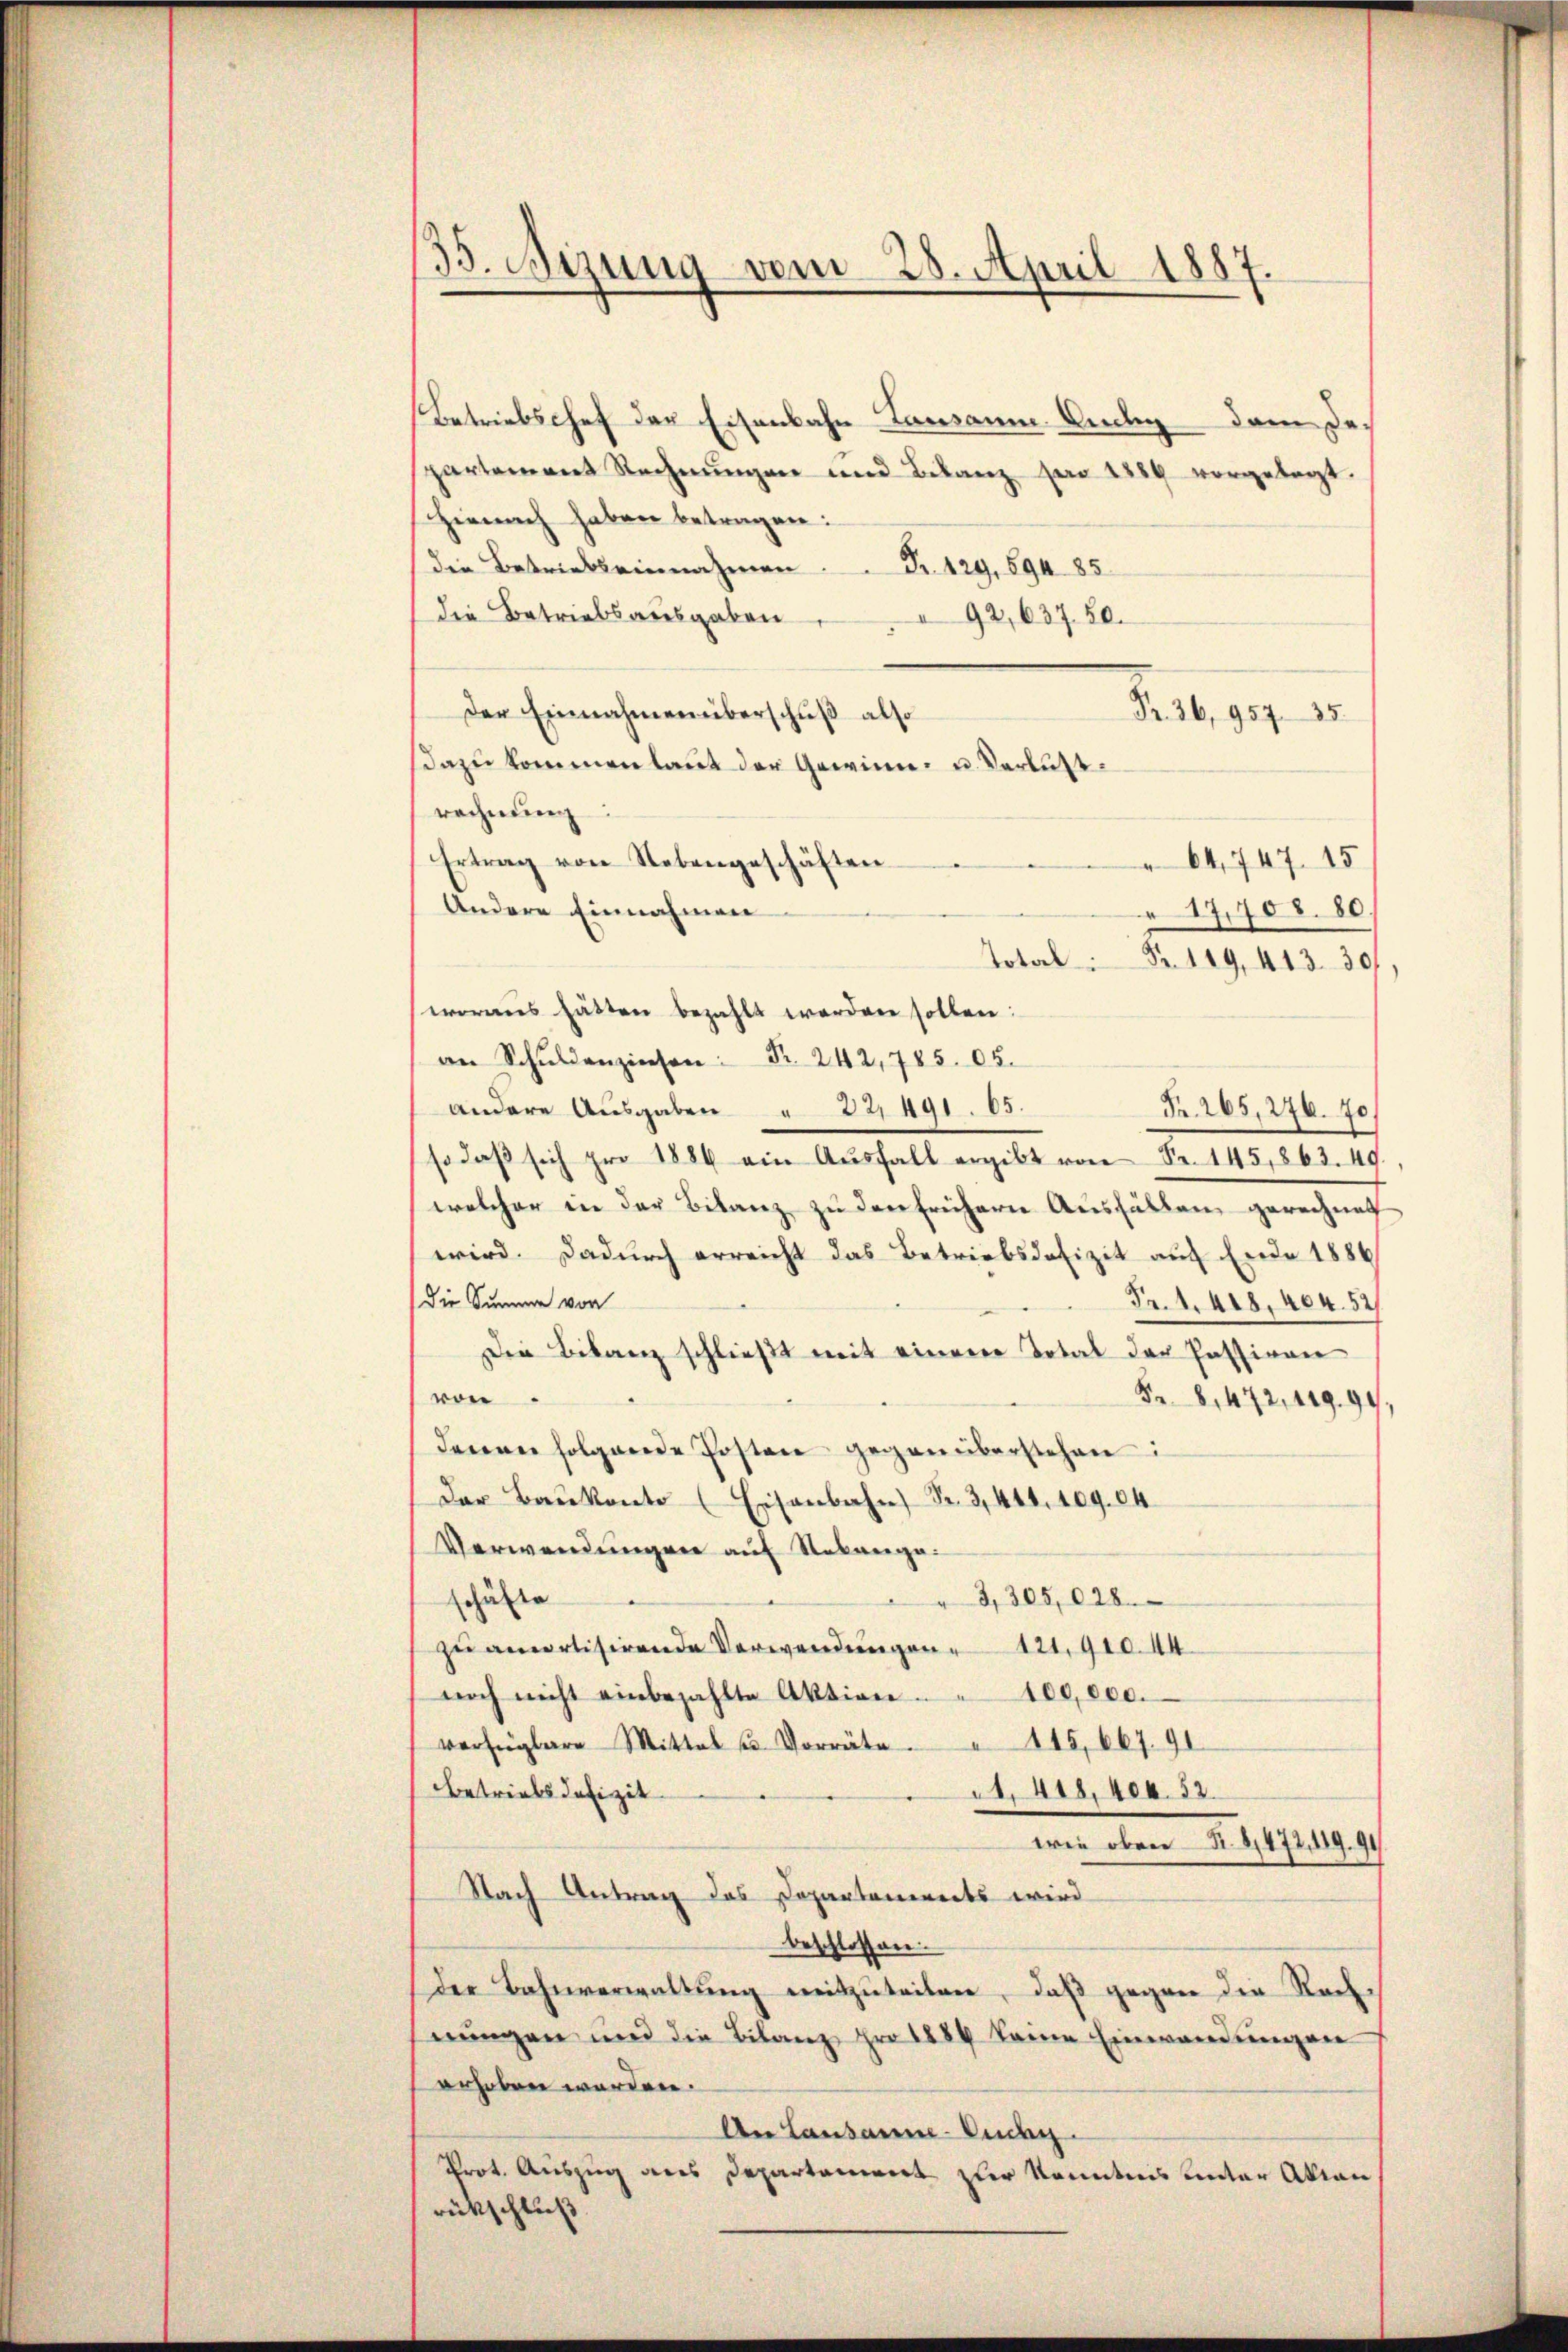
33. Mizung vom 28. April 1887.

Betriebschof der Eisenbahn Lausanne. Und dem Despartement Rechnungen und Bilanz par 1889 vorgelegt.
Hienach haben betragen:
die Betriebseinnahmen. Fr. 129, 594 85
die Betriebsausgaben
92, 637. 50.
Der Einnahmen überschuß also
dazu kommen laut der Gewinn- u. Verlustrechnung:
Ertrag von Nebengeschäften
 64, 747. 15
Andere Einnahmen
17,703. 80.
Total Fr. 119, 413 30
woraus hätten bezahlt werden sollen:
an Schuldenzinsen Fr. 242,785. 05.
andere Ausgaben " 22,491. 65.
Fr. 265, 246. 70.
so daβ sich pro 1886 ein Aŭsfall ergibt von Fr. 145,863. 49,
welcher in der Bilanz zu der frühern Ausfällen gerechnet
wird. Dadurch erreicht das Betriebsdafizit auf Ende 1886
Die Summe von
Fr. 1. 418, 404. 52
Die Bilanz schließt mit einem Total der Passiven
von.
Fr. 8. 472, 419.91,
denen folgende Posten gegenüberstehen:
Der Baŭkonto (Eisenbahn Nr. 3, 441. 109. 04
Verwendungen auf Robange¬
3,305,028.
schäfte
zu amortisirende Verwendungen 121,91044
noch nicht einbezahlte Aktion . . 100,000.
115,667. 91
verfügbare Mittel u. Vorräte
Betriebsdefizit
1, 418, 404. 52.
wie oben S. 8,472, 119. 91.
Nach Antrag das Departanereits wird
beschlossen.
Der Bahnverwaltŭng mitzuteiten, daß gegen die Rach-
erŭngen und die Bilanz pro 1889 keine Einwandungen
erhoben werden.
An Lausanne-Pudy
Prot. Auszug aus Departement zur Kenntnis unter Aktion,

Nr. 36,957. 35